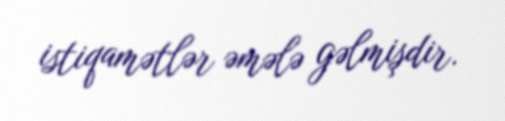
istiqamətlər əmələ gəlmişdir.